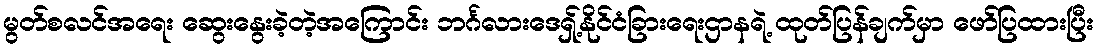
မွတ်စလင်အရေး ဆွေးနွေးခဲ့တဲ့အကြောင်း ဘင်္ဂလားဒေရှ့်နိုင်ငံခြားရေးဌာနရဲ့ ထုတ်ပြန်ချက်မှာ ဖော်ပြထားပြီး